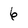
Character: 6